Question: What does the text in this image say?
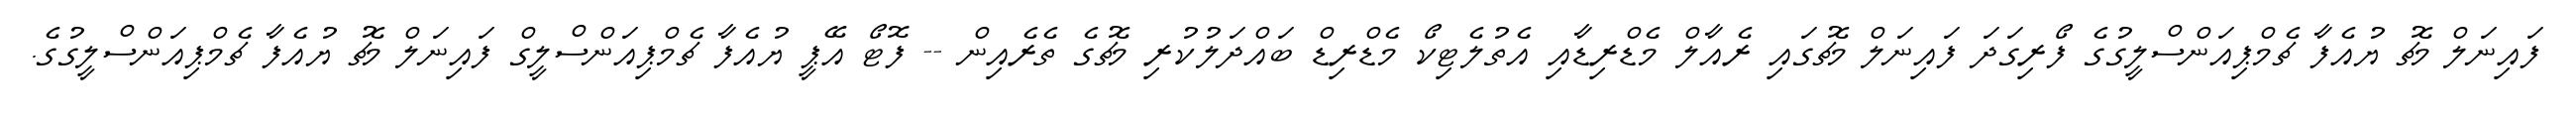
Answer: ފައިނަލް މެޗު ޔުއެފާ ޗެމްޕިއަންސްލީގުގެ ފޯރިގަދަ ފައިނަލް މެޗުގައި ރެއާލް މެޑްރިޑާއި އެތުލެޓިކޯ މެޑްރިޑް ބައްދަލުކުރި މެޗުގެ ތެރެއިން -- ފޮޓޯ އޭޕީ ޔުއެފާ ޗެމްޕިއަންސްލީގް ފައިނަލް މެޗު ޔުއެފާ ޗެމްޕިއަންސްލީގުގެ.